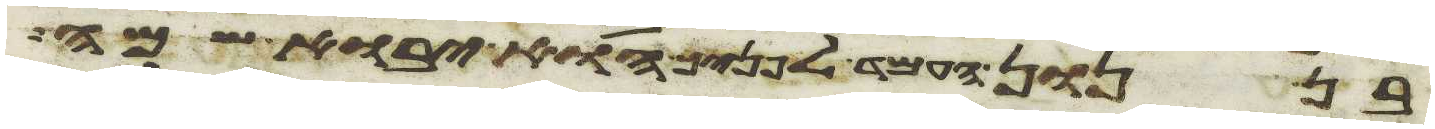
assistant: בן נון העמד לפניך הוא יבוא שמה